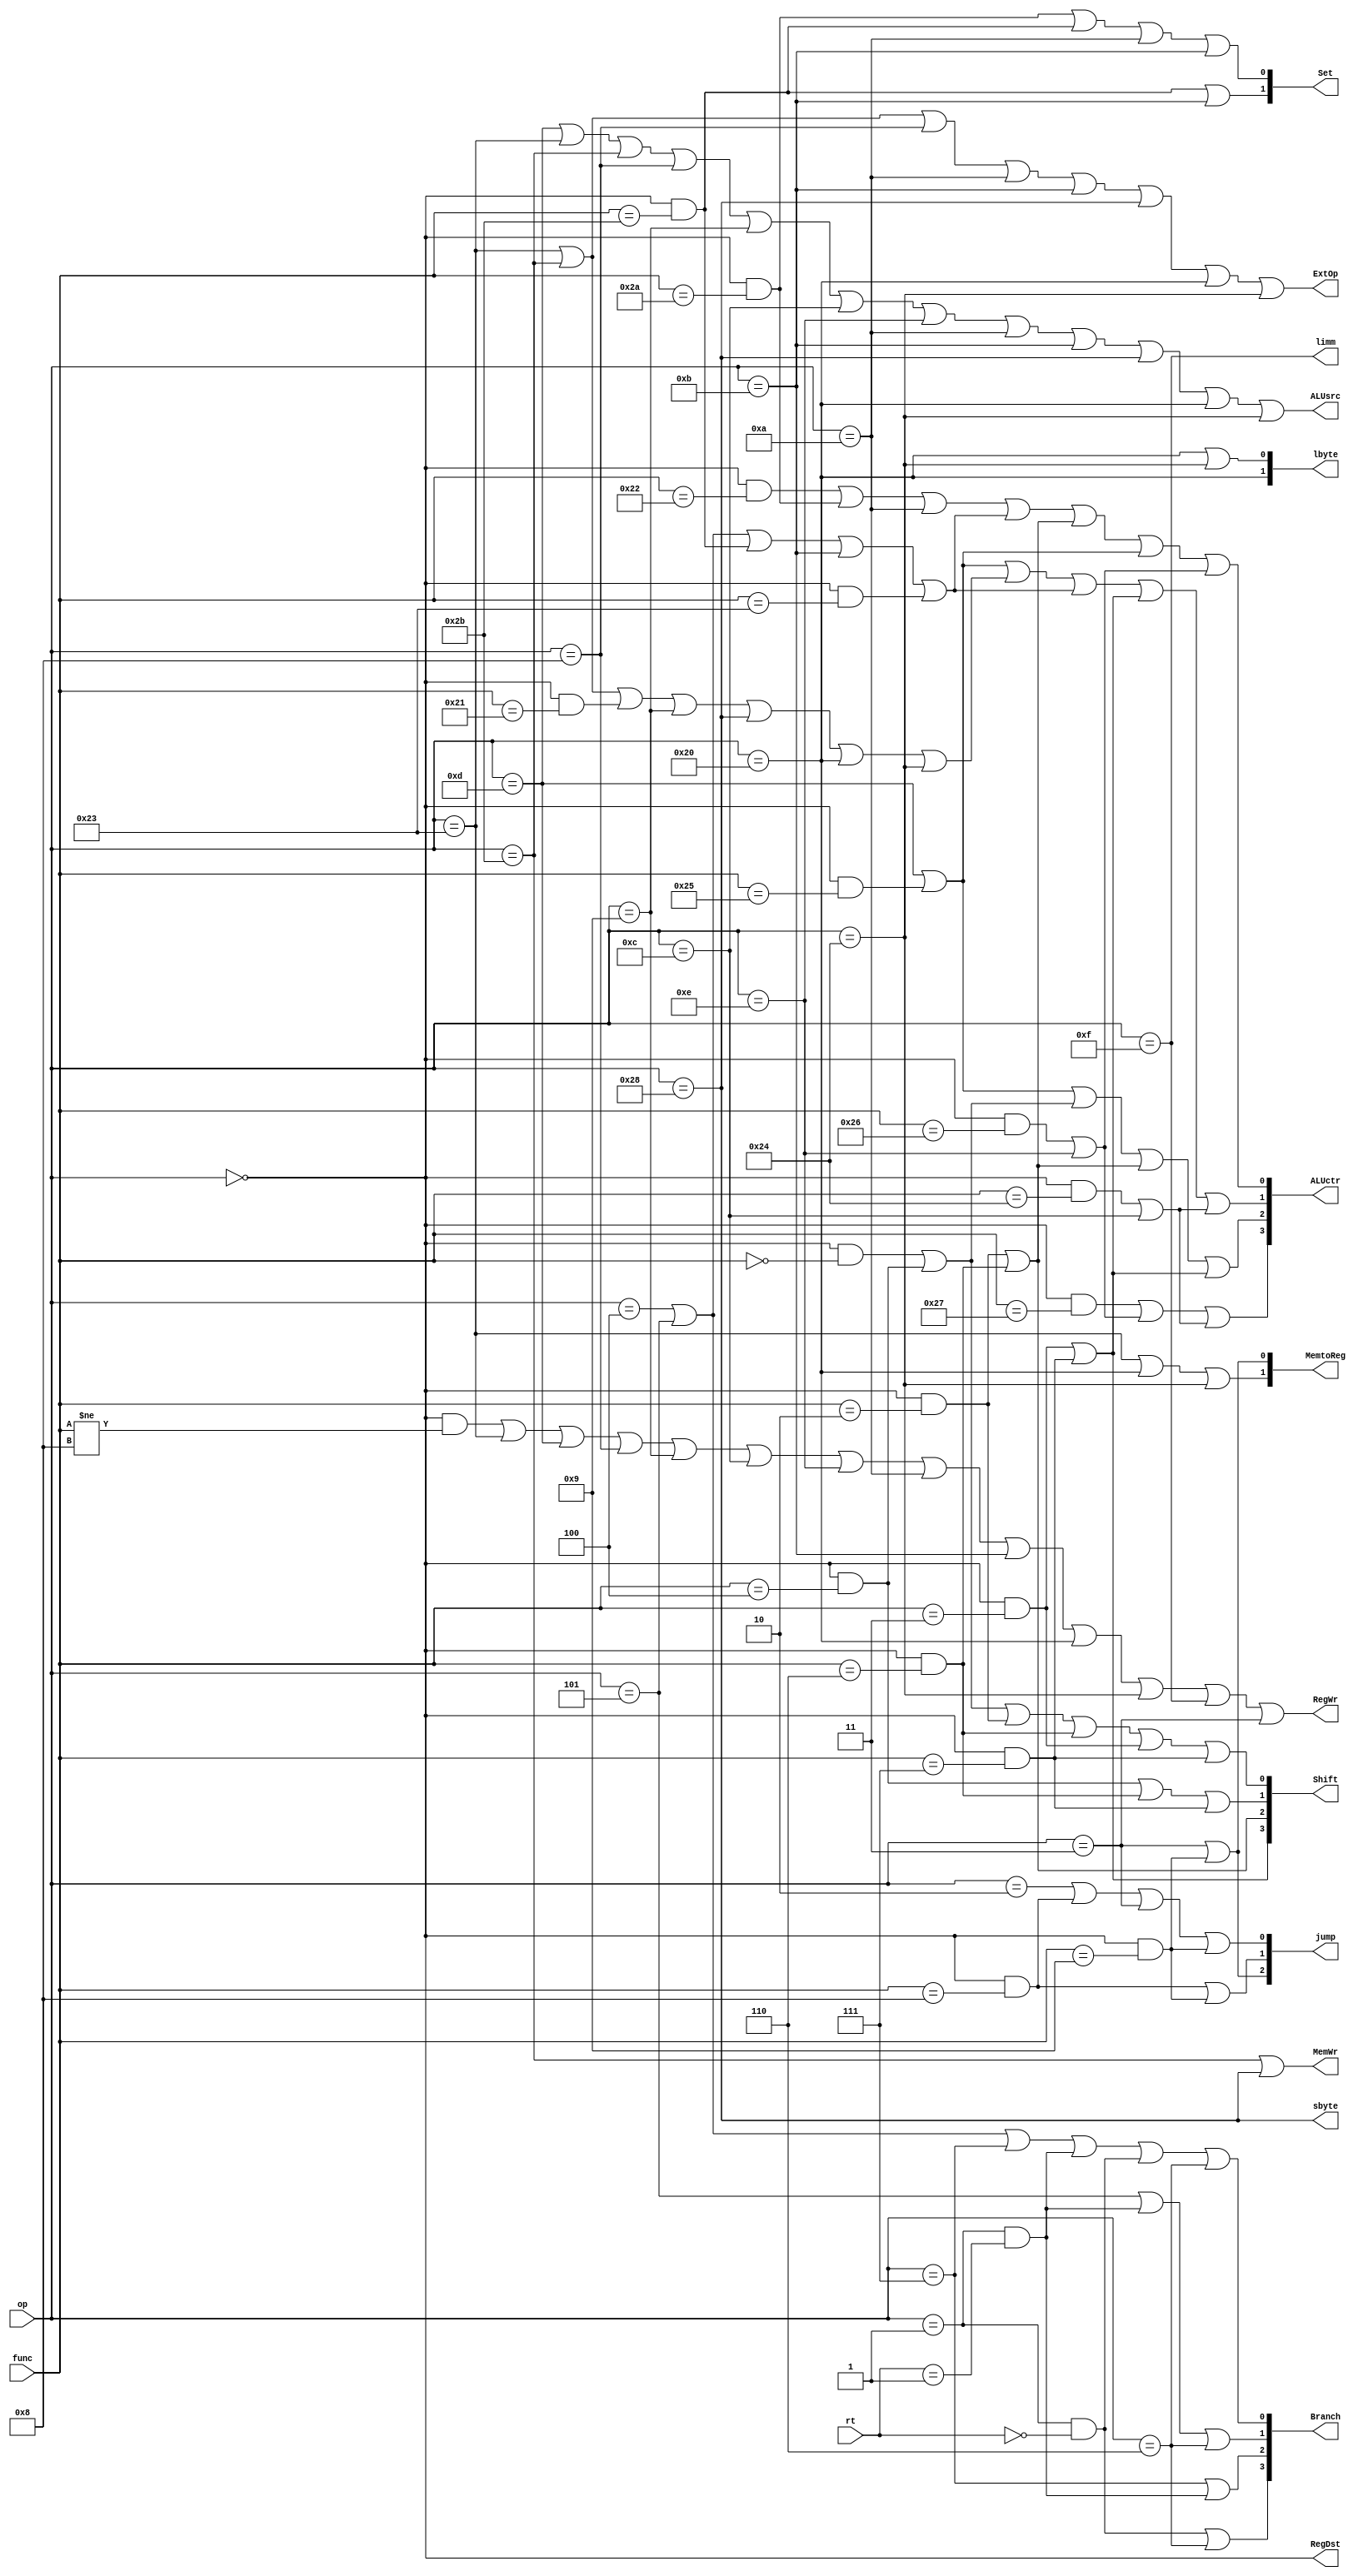
module ControlUnit(
    input[5:0] op,
    input[4:0] rt,
    input[5:0] func,
    output[3:0] Branch,//Branch[0]=1 ; 0001 beq; 0011 bne; 0101 bgtz; 0111 bgez; 1001 bltz; 1011 blez
    output[3:0] Shift,//Shift[0]=1 ;Shift[1]=1 ; 0001 sll; 0011 sllv; 0101 srl; 0111 srlv; 1001 sra; 1011 srav
    output[1:0] Set,//Set[0]=1 set; Set[1]=0 slt slti; Set[1]=1 sltu sltiu
    output RegDst,//0 RW==Rt; 1 Rw==Rd
    output ALUsrc,//0 reg[rt] 1 imm
    output[3:0] ALUctr,
    output[1:0] MemtoReg,
    output RegWr,//
    output MemWr,//
    output ExtOp,//0 0;  1 
    output[1:0] lbyte,//lbyte[0]=1 lb/lbu; lbyte[1]=0 lbu; lbyte[1]=1 lb
    output sbyte,
    output[2:0] jump,//jump[0]=1 j/jr/jal/jalr; j 001  jr 011  jal 101  jalr 111
    output limm 
);
parameter addi=6'b001000;
parameter addiu=6'b001001;
parameter halt=6'b111111;
parameter ori=6'b001101;
parameter beq=6'b000100;
parameter bne=6'b000101;
parameter bgtz=6'b000111;
parameter bgez=6'b000001;
parameter bgez_rt=5'b00001;
parameter bltz=6'b000001;
parameter bltz_rt=5'b00000;
parameter blez=6'b000110;
parameter lw=6'b100011;
parameter sw=6'b101011;
parameter j=6'b000010;
parameter jal=6'b000011;
parameter Rtype=6'b000000;
parameter andi=6'b001100;
parameter xori=6'b001110;
parameter slti=6'b001010;
parameter sltiu=6'b001011;
parameter sb=6'b101000;
parameter lb=6'b100000;
parameter lbu=6'b100100;
parameter lui=6'b001111;
parameter add_func=6'b100000;
parameter addu_func=6'b100001;
parameter sub_func=6'b100010;
parameter subu_func=6'b100011;
parameter sll_func=6'b000000;
parameter sllv_func=6'b000100;
parameter srl_func=6'b000010;
parameter srlv_func=6'b000110;
parameter sra_func=6'b000011;
parameter srav_func=6'b000111;
parameter nor_func=6'b100111;
parameter or_func=6'b100101;
parameter xor_func=6'b100110;
parameter and_func=6'b100100;
parameter slt_func=6'b101010;
parameter sltu_func=6'b101011;
parameter jr_func=6'b001000;
parameter jalr_func=6'b001001;

assign limm=(op==lui);

assign Branch[0]=(op==beq)|(op==bne)|(op==bgtz)|(op==bgez&&rt==bgez_rt)|(op==bltz&&rt==bltz_rt)|(op==blez);
assign Branch[1]=(op==bne)|(op==bgez&&rt==bgez_rt)|(op==blez);
assign Branch[2]=(op==bgtz)|(op==bgez&&rt==bgez_rt);
assign Branch[3]=(op==bltz&&rt==bltz_rt)|(op==blez);

assign Shift[0]=(op==Rtype&&func==sll_func)|(op==Rtype&&func==sllv_func)|(op==Rtype&&func==srl_func)|(op==Rtype&&func==srlv_func)|(op==Rtype&&func==sra_func)|(op==Rtype&&func==srav_func);
assign Shift[1]=(op==Rtype&&func==sllv_func)|(op==Rtype&&func==srlv_func)|(op==Rtype&&func==srav_func);
assign Shift[2]=(op==Rtype&&func==srl_func)|(op==Rtype&&func==srlv_func);
assign Shift[3]=(op==Rtype&&func==sra_func)|(op==Rtype&&func==srav_func);

assign Set[0]=(op==Rtype&&func==slt_func)|(op==Rtype&&func==sltu_func)|(op==slti)|(op==sltiu);
assign Set[1]=(op==Rtype&&func==sltu_func)|(op==sltiu);

assign MemtoReg[0]=(op==jal)|(op==Rtype&&func==jalr_func);
assign MemtoReg[1]=(op==lw)|(op==lb)|(op==lbu);

assign RegDst=(op==Rtype);
assign ExtOp=(op==lw)|(op==sw)|(op==addi)|(op==slti)|(op==sltiu)|(op==sb)|(op==lb)|(op==lbu);
assign RegWr=(op==Rtype&&func!=jr_func)|(op==lw)|(op==ori)|(op==addi)|(op==addiu)|(op==andi)|(op==xori)|(op==slti)|(op==sltiu)|(op==lb)|(op==lbu)|(op==lui)|(op==jal);
assign MemWr=(op==sw)|(op==sb);
assign ALUsrc=(op==ori)|(op==lw)|(op==sw)|(op==addi)|(op==addiu)|(op==andi)|(op==xori)|(op==slti)|(op==sltiu)|(op==sb)|(op==lb)|(op==lbu);

assign lbyte[0]=(op==lb)|(op==lbu);
assign lbyte[1]=(op==lb);

assign sbyte=(op==sb);

assign jump[0]=(op==j)|(op==Rtype&&func==jr_func)|(op==jal)|(op==Rtype&&func==jalr_func);
assign jump[1]=(op==Rtype&&func==jr_func)|(op==Rtype&&func==jalr_func);
assign jump[2]=(op==jal)|(op==Rtype&&func==jalr_func);

wire ALU_add=(op==Rtype&&func==add_func)|(op==addi);
wire ALU_sub=(op==Rtype&&func==sub_func)|(op==Rtype&&func==slt_func)|(op==slti);
wire ALU_or=(op==ori)|(op==Rtype&&func==or_func);
wire ALU_addu=(op==lw)|(op==sw)|(op==Rtype&&func==addu_func)|(op==addiu)|(op==sb)|(op==lb)|(op==lbu);
wire ALU_subu=(op==beq)|(op==bne)|(op==Rtype&&func==sltu_func)|(op==sltiu)|(op==Rtype&&func==subu_func);
wire ALU_sll=(op==Rtype&&func==sll_func)|(op==Rtype&&func==sllv_func);
wire ALU_srl=(op==Rtype&&func==srl_func)|(op==Rtype&&func==srlv_func);
wire ALU_sra=(op==Rtype&&func==sra_func)|(op==Rtype&&func==srav_func);
wire ALU_nor=(op==Rtype&&func==nor_func);
wire ALU_xor=(op==Rtype&&func==xor_func)|(op==xori);
wire ALU_and=(op==Rtype&&func==and_func)|(op==andi);

assign ALUctr[0]=ALU_sub|ALU_subu|ALU_srl|ALU_or|ALU_xor;
assign ALUctr[1]=ALU_or|ALU_addu|ALU_subu|ALU_sra|ALU_and;
assign ALUctr[2]=ALU_or|ALU_sll|ALU_srl|ALU_sra;
assign ALUctr[3]=ALU_nor|ALU_xor|ALU_and;

endmodule